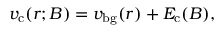
v _ { \mathrm { c } } ( r ; B ) = v _ { \mathrm { b g } } ( r ) + E _ { \mathrm { c } } ( B ) ,